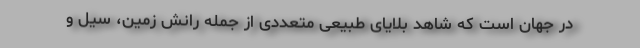
در جهان است که شاهد بلایای طبیعی متعددی از جمله رانش زمین، سیل و